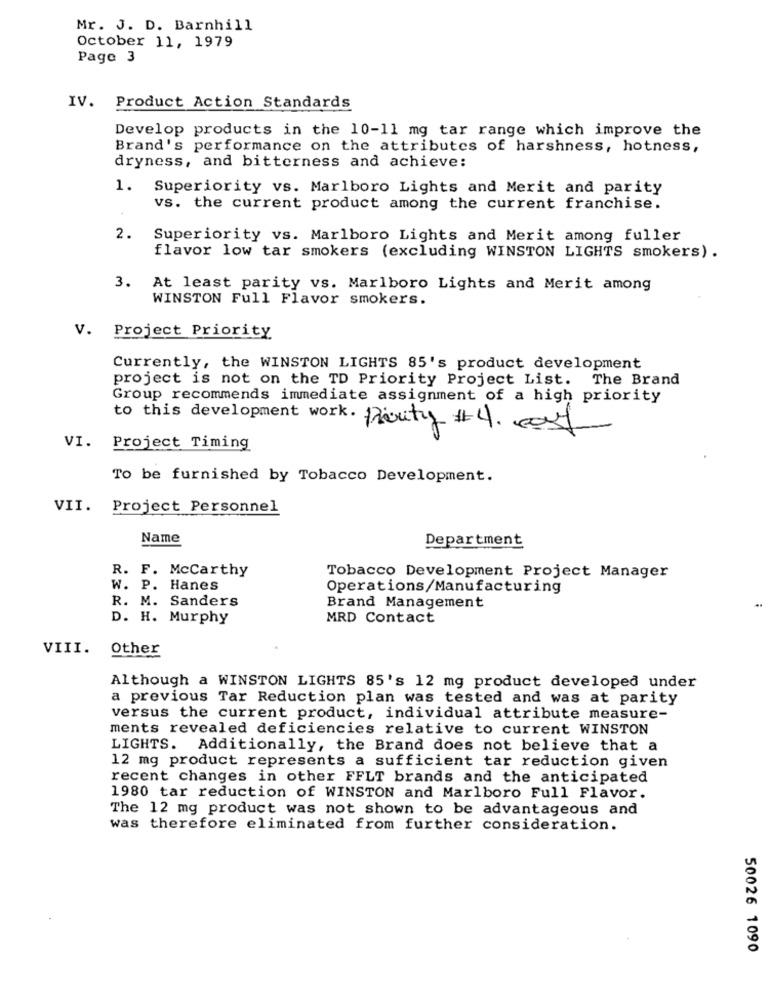
Mr. J. D. Barnhill
October 11, 1979
Page 3
IV. Product Action Standards
Develop products in the 10-11 mg tar range which improve the
Brand's performance on the attributes of harshness, hotness,
dryness, and bitterness and achieve:
1. Superiority vs. Marlboro Lights and Merit and parity
vs. the current product among the current franchise.
2.
Superiority vs. Marlboro Lights and Merit among fuller
flavor low tar smokers (excluding WINSTON LIGHTS smokers) .
3. At least parity vs. Marlboro Lights and Merit among
WINSTON Full Flavor smokers.
V. Project Priority
Currently, the WINSTON LIGHTS 85's product development
project is not on the TD Priority Project List. The Brand
Group recommends immediate assignment of a high priority
to this development work. Rarity #4. east
VI. Project Timing
To be furnished by Tobacco Development.
VII. Project Personnel
Name
Department
R. F. Mccarthy
Tobacco Development Project Manager
W. P. Hanes
Operations/Manufacturing
R. M. Sanders
Brand Management
D. H. Murphy
MRD Contact
VIII.
Other
Although a WINSTON LIGHTS 85's 12 mg product developed under
a previous Tar Reduction plan was tested and was at parity
versus the current product, individual attribute measure-
ments revealed deficiencies relative to current WINSTON
LIGHTS. Additionally, the Brand does not believe that a
12 mg product represents a sufficient tar reduction given
recent changes in other FFLT brands and the anticipated
1980 tar reduction of WINSTON and Marlboro Full Flavor.
The 12 mg product was not shown to be advantageous and
was therefore eliminated from further consideration.
50026 1090